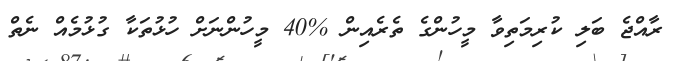
ރާއްޖެ ބަލި ކުރިމަތިވާ މީހުންގެ ތެރެއިން %40 މީހުންނަށް ހުޅުތަކާ ގުޅުމެއް ނެތް